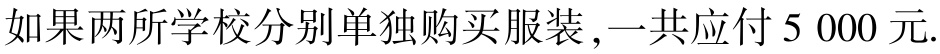
如果两所学校分别单独购买服装,一共应付$5\ 000$元.